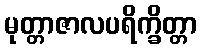
မုတ္တာဇာလပရိက္ခိတ္တာ